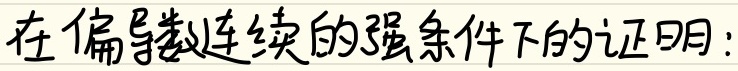
在偏导数连续的强条件下的证明：